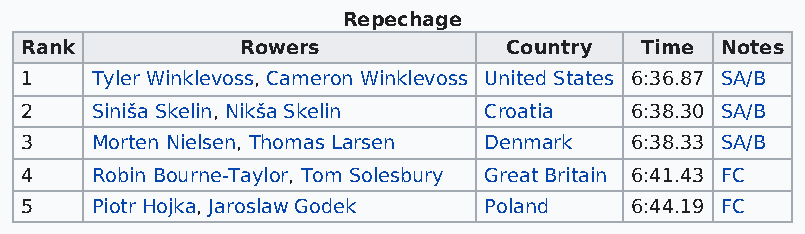
Repechage
 Rank           Rowers           Country  Time  Notes
 1    Tyler Winklevoss, Cameron Winklevoss United States 6:36.87 SA/B
 2    Siniša Skelin, Nikša Skelin Croatia 6:38.30 SA/B
 3    Morten Nielsen, Thomas Larsen Denmark 6:38.33 SA/B
 4    Robin Bourne-Taylor, Tom Solesbury Great Britain 6:41.43 FC
 5    Piotr Hojka, Jaroslaw Godek Poland  6:44.19 FC